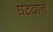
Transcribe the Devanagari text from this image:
घटदान